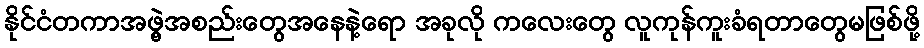
နိုင်ငံတကာအဖွဲ့အစည်းတွေအနေနဲ့ရော အခုလို ကလေးတွေ လူကုန်ကူးခံရတာတွေမဖြစ်ဖို့